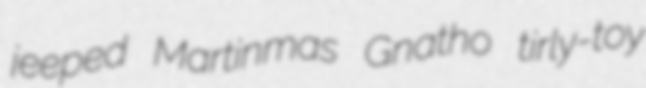
jeeped Martinmas Gnatho tirly-toy